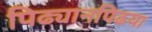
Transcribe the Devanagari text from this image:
पिढ्यानपिढया